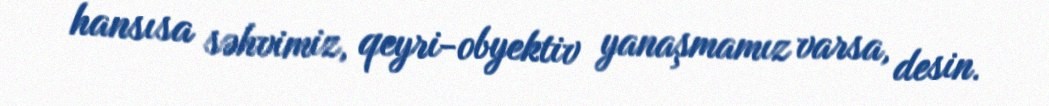
hansısa səhvimiz, qeyri-obyektiv yanaşmamız varsa, desin.